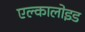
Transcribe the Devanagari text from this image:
एल्कालोइड